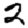
Digit: 2